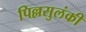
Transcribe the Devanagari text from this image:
पिल्लसुलंकी